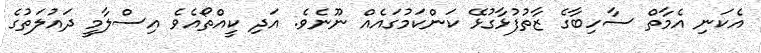
އެކަނި އެމާތް ސާހިބާގެ ޒާތުފުޅާގުޅޭ ކަންކަމުގައެއް ނޫނެވެ. އަދި ކީއްތޯއެވެ އިސްލާމީ ދައުލަތުގެ